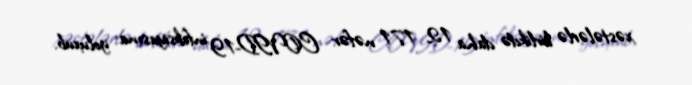
xəstələrlə birlikdə daha 12 171 nəfər COVID-19 infeksiyasına yoluxub.